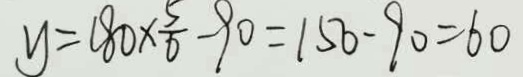
y = 1 8 0 \times \frac { 5 } { 6 } - 9 0 = 1 5 0 - 9 0 = 6 0